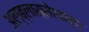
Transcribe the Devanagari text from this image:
अल्ब्लास्सेरवार्ड।